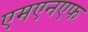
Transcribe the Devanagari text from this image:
एमएनएफ